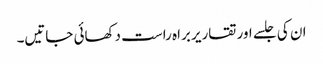
ان کی جلسے اور تقاریر براہ راست دکھائی جاتیں۔